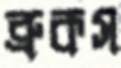
ব্রুকস